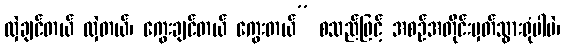
လှဲချင်တယ် လှဲတယ်၊ ကွေးချင်တယ် ကွေးတယ်” စသည်ဖြင့် အစဉ်အတိုင်းမှတ်သွားရုံပါပဲ၊